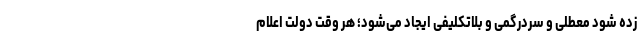
زده شود معطلی و سردرگمی و بلاتکلیفی ایجاد می‌شود؛ هر وقت دولت اعلام